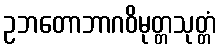
ဥဘတောဘာဂဝိမုတ္တသုတ္တံ